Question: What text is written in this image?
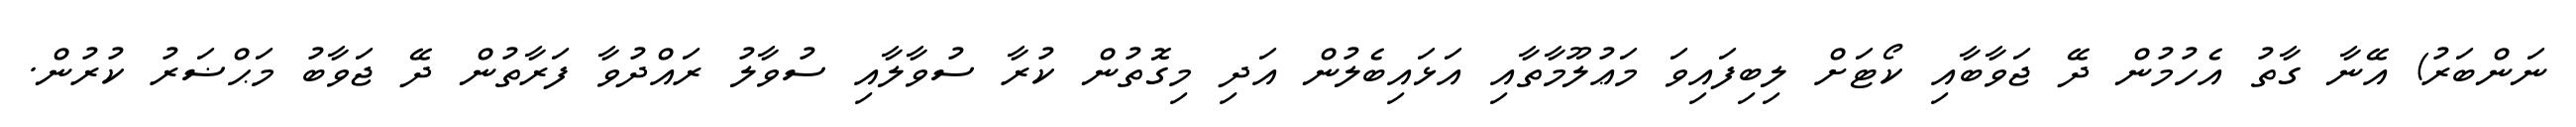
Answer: ނަންބަރު) އޭނާ ގާތު އެހުމުން ދޭ ޖަވާބާއި ކޯޓަށް ލިބިފައިވަ މަޢުލޫމާތާއި އަޅައިބެލުން އަދި މިގޮތުން ކުރާ ސުވާލާއި ސުވާލު ރައްދުވާ ފަރާތުން ދޭ ޖަވާބު މަޙްޟަރު ކުރުން.